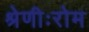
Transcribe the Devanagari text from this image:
श्रेणीःरोम